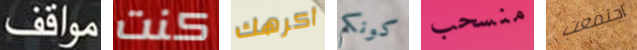
مواقف كنت أكرهك كونكم منسحب اجتمعت